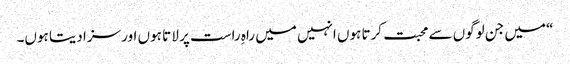
“ میں جن لوگوں سے محبت کرتا ہوں انہیں میں راہِ راست پر لا تا ہوں اور سزا دیتا ہوں۔